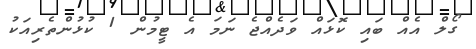
ގޯލް އެއް ބައި ކޮޅައް ވަދެއްޖެ ނަމަ އެ ޓީމުން 1 ކުޅުންތެރިއަކު